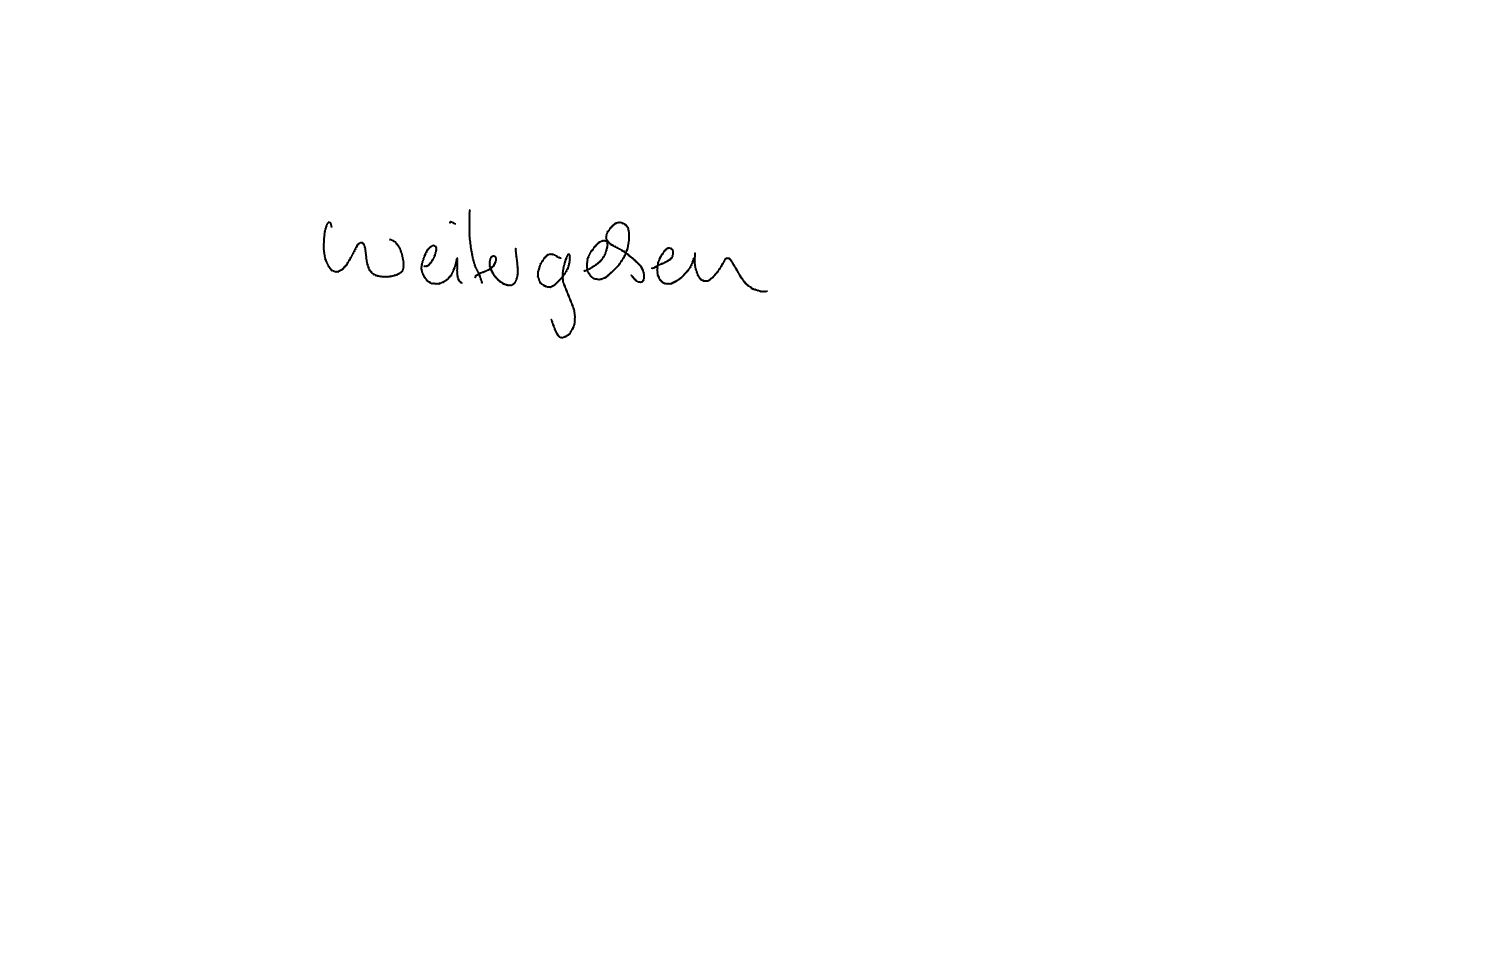
Text: weitergeben